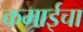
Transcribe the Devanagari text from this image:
कमाईचा